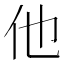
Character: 他